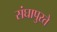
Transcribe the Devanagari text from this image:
संघापुरते